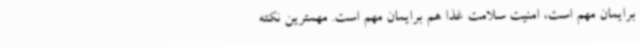
برایمان مهم است، امنیت سلامت غذا هم برایمان مهم است. مهمترین نکته